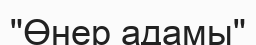
"Өнер адамы"